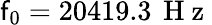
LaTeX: \mathsf{f}_{0}=20419.3\, \mathrm{{~H~z~}}